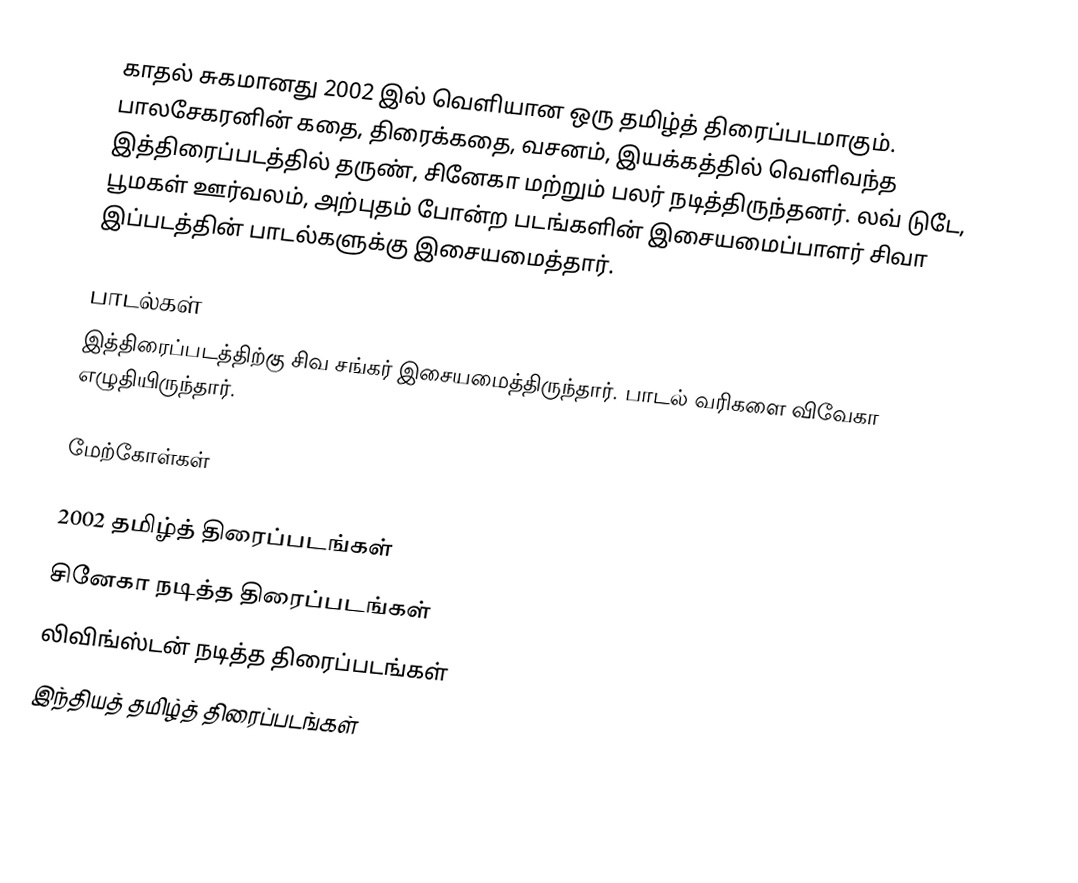
காதல் சுகமானது 2002 இல் வெளியான ஒரு தமிழ்த் திரைப்படமாகும். பாலசேகரனின் கதை, திரைக்கதை, வசனம், இயக்கத்தில் வெளிவந்த இத்திரைப்படத்தில் தருண், சினேகா மற்றும் பலர் நடித்திருந்தனர். லவ் டுடே, பூமகள் ஊர்வலம், அற்புதம் போன்ற  படங்களின் இசையமைப்பாளர் சிவா இப்படத்தின் பாடல்களுக்கு இசையமைத்தார்.

பாடல்கள்
இத்திரைப்படத்திற்கு சிவ சங்கர் இசையமைத்திருந்தார். பாடல் வரிகளை விவேகா எழுதியிருந்தார்.

மேற்கோள்கள்

2002 தமிழ்த் திரைப்படங்கள்
சினேகா நடித்த திரைப்படங்கள்
லிவிங்ஸ்டன் நடித்த திரைப்படங்கள்
இந்தியத் தமிழ்த் திரைப்படங்கள்